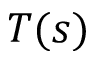
T ( s )